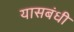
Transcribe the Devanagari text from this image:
यासबंधी